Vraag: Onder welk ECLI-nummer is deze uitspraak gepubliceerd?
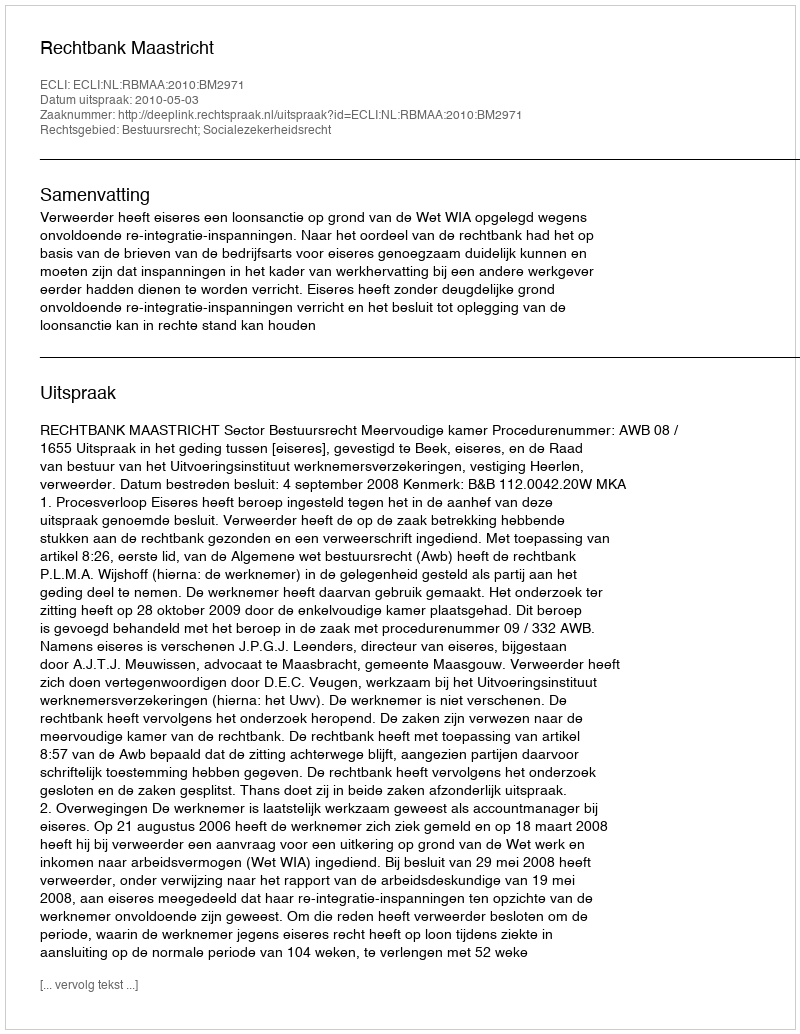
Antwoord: ECLI:NL:RBMAA:2010:BM2971